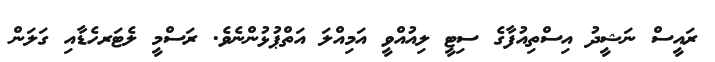
ރައީސް ނަޝީދު އިސްތިއުފާގެ ސިޓީ ލިއުއްވީ އަމިއްލަ އަތްޕުޅުންނެވެ. ރަސްމީ ލެޓަރހެޑާއި ގަލަން